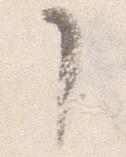
了